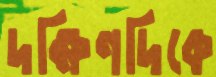
দক্ষিণদিকে